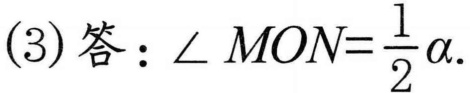
(3)答：\(\angle MON=\frac{1}{2}\alpha\).